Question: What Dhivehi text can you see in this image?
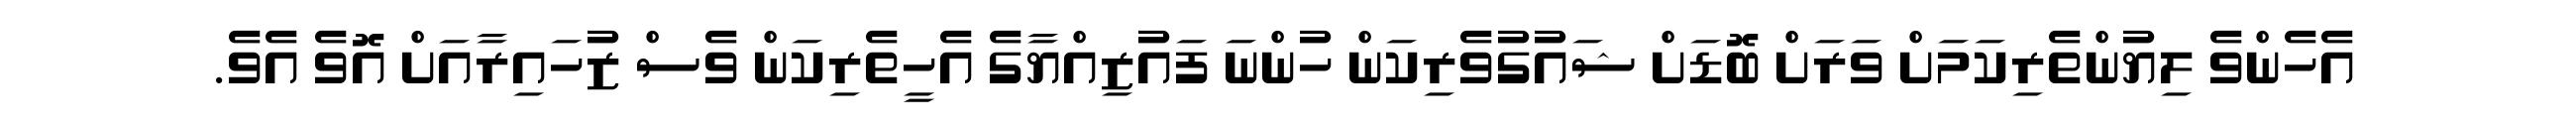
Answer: އެހެންވެ ލިޔުންތެރިކަމަށް ވަރަށް ބޮޑަށް ޝައުގުވެރިކަން ހުންނަ ފައުޒިއްޔާގެ އެހީތެރިކަން ވެސް ޒުހައިރާއަށް އޮވެ އެވެ.